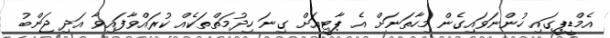
އެމްޑީޕީގައި ހުންނަވައިގެން މިހާތަނަށް އެ ޕާޓީއަށް ގިނަ ހިދުމަތްތަކެއް ކުރައްވާފައިވާ އަދި ޖަންބު